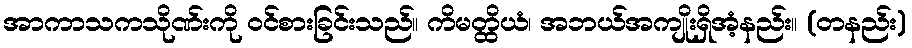
အာကာသကသိုဏ်းကို ဝင်စားခြင်းသည်။ ကိမတ္ထိယံ၊ အဘယ်အကျိုးရှိအံ့နည်း။ (တနည်း)